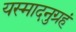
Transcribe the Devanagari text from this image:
यस्मादनुग्रहं